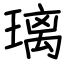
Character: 璃